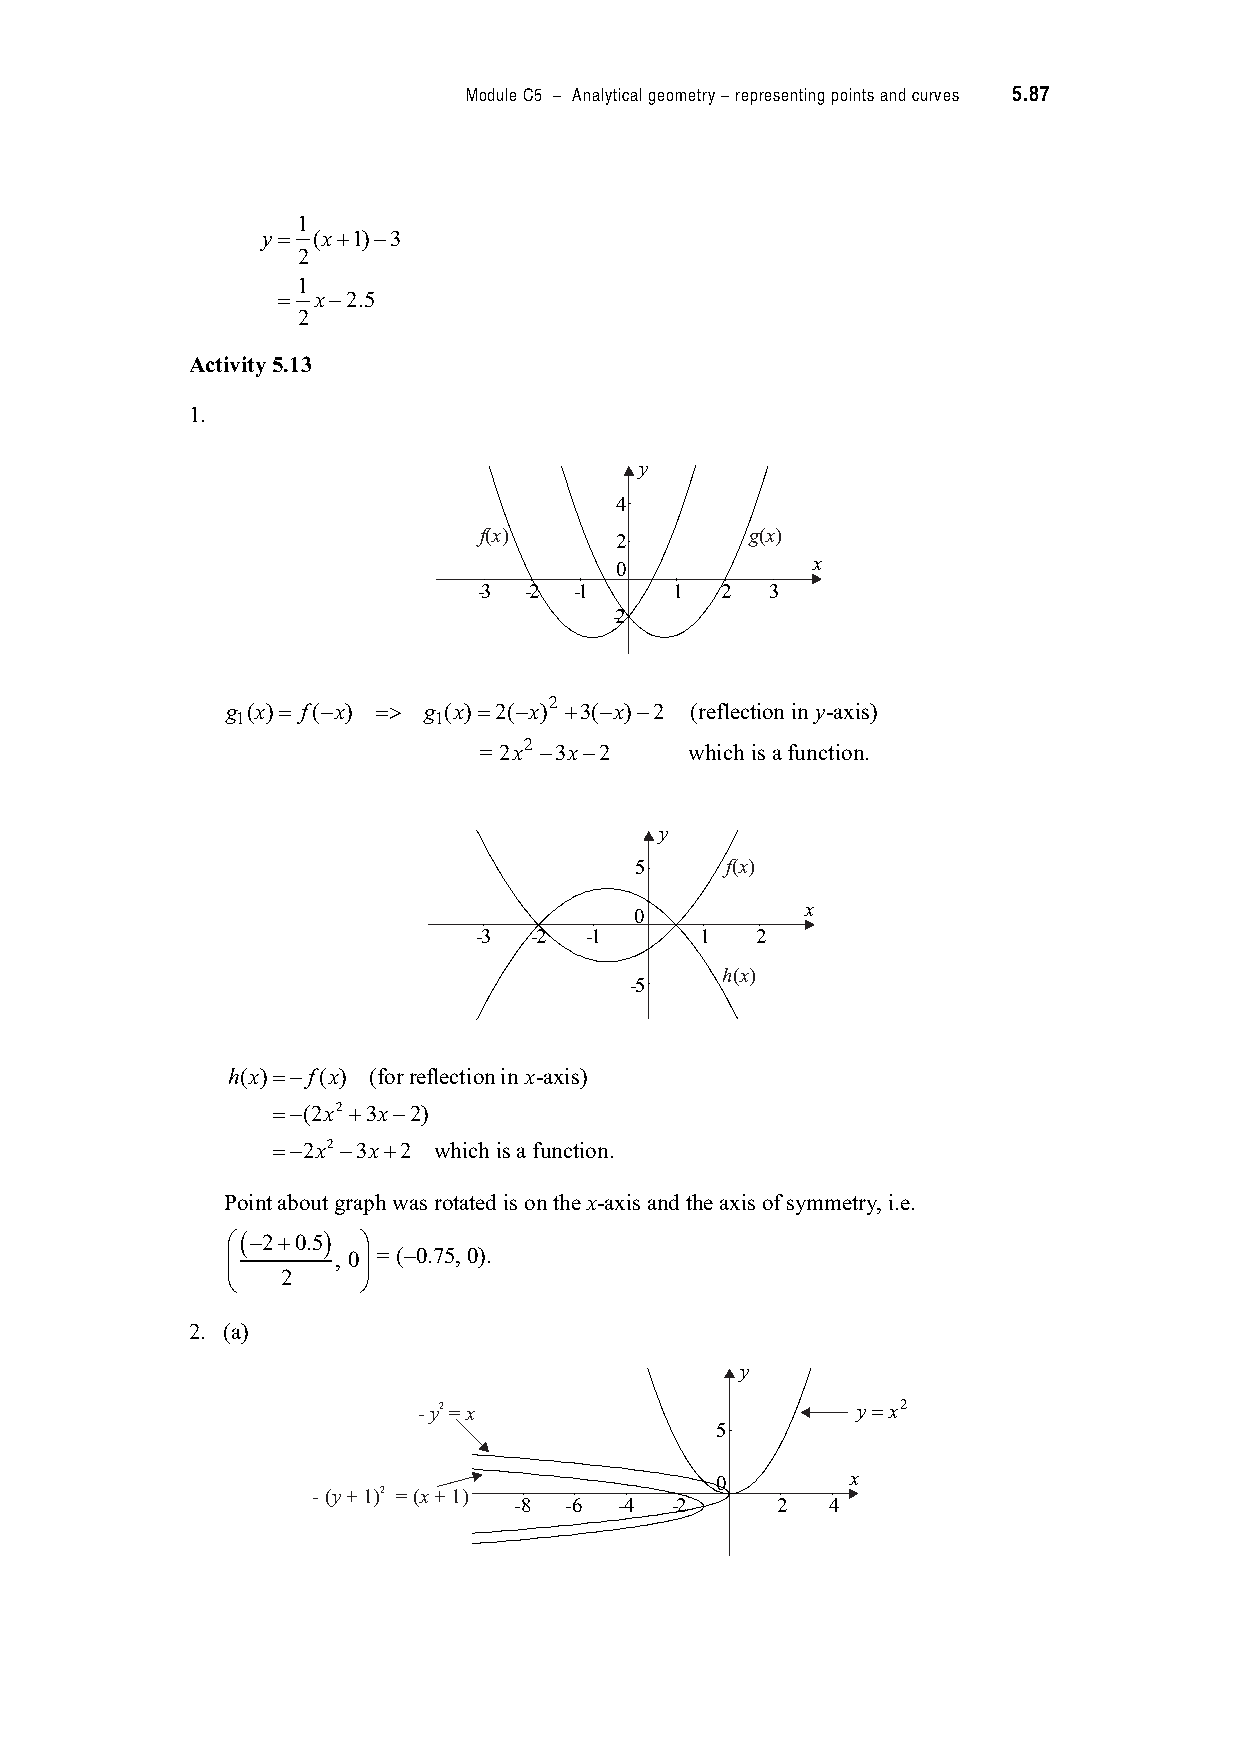
Module C5 – Analytical geometry – representing points and curves 5.87
 1
 y$  (x!1) 3
 2
 1
 $  x 2.5
 2
 Activity 5.13
 1.
 y
 4
 f(x)     2        g(x)
 0            x
 -3 -2 -1     1  2  3
 -2
 2
 g (x)$ f( x) $0 g (x)$2( x) !3( x) 2 (reflection in y-axis)
 1            1
 2
 = 2x 3x 2     which is a function.
 y
 5     f(x)
 x
 0
 -3  -2  -1     1   2
 h(x)
 -5
 h(x)$ f(x) (for reflection in x-axis)
 $ (2x2 !3x 2)
 $ 2x2 3x!2 which is a function.
 Point about graph was rotated is on the x-axis and the axis of symmetry, i.e.
 ") 2!0.5* #
 %      , 0& = (–0.75, 0).
 2
 '        (
 2. (a)
 y
 -y2=x                        y=x2
 5
 0        x
 -(y+1)2 =(x+1)
 -8 -6  -4 -2     2   4